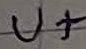
Text: U+